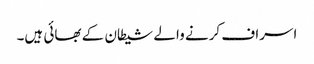
اسراف کرنے والے شیطان کے بھائی ہیں۔